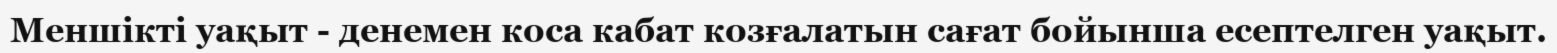
Меншікті уақыт - денемен коса кабат козғалатын сағат бойынша есептелген уақыт.